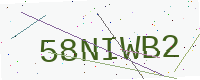
Text: 58NIWB2